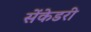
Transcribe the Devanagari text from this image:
सेंकेडरी